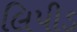
લિપીડ